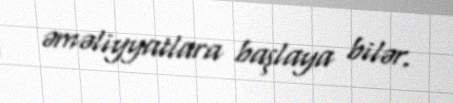
əməliyyatlara başlaya bilər.